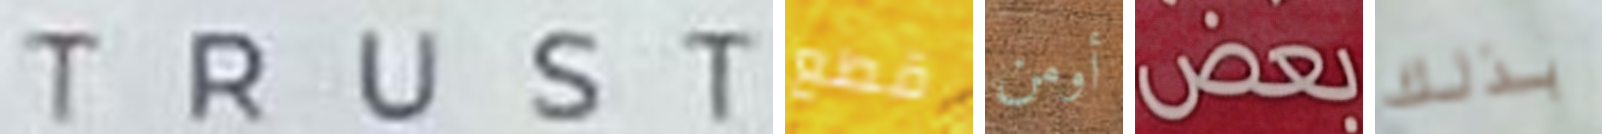
TRUST قطع أومن بعض بذلك